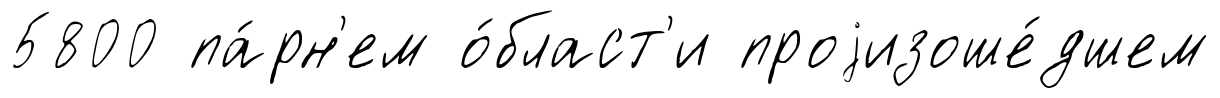
5800 па́рн'ем о́бласт'и проjизоше́дшем